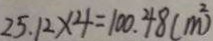
2 5 . 1 2 \times 4 = 1 0 0 . 4 8 ( m ^ { 2 } )